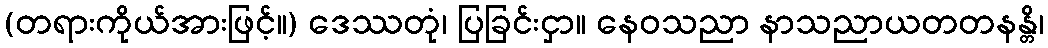
(တရားကိုယ်အားဖြင့်။) ဒေဿတုံ၊ ပြခြင်းငှာ။ နေဝသညာ နာသညာယတတနန္တိ၊